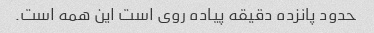
حدود پانزده دقیقه پیاده روی است این همه است.